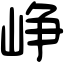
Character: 峥